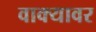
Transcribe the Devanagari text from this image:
वाक्यावर